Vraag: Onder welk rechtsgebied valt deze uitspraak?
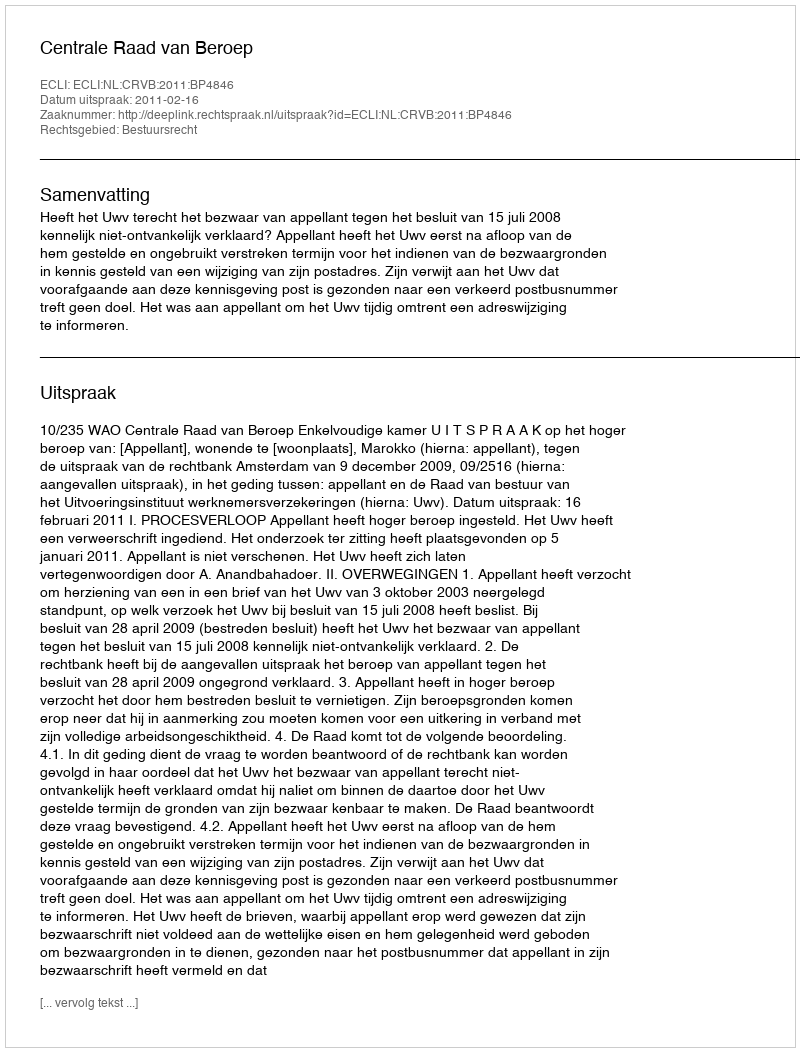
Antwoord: Bestuursrecht